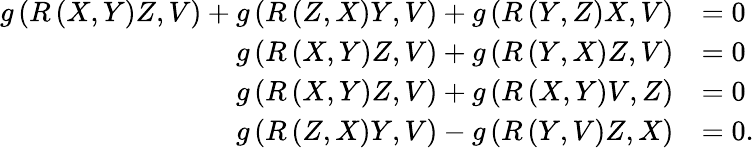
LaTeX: \begin{array}{rl}{g\left(R\left(X,Y\right)Z,V\right)+g\left(R\left(Z,X\right)Y,V\right)+g\left(R\left(Y,Z\right)X,V\right)}&{=0}\\ {g\left(R\left(X,Y\right)Z,V\right)+g\left(R\left(Y,X\right)Z,V\right)}&{=0}\\ {g\left(R\left(X,Y\right)Z,V\right)+g\left(R\left(X,Y\right)V,Z\right)}&{=0}\\ {g\left(R\left(Z,X\right)Y,V\right)-g\left(R\left(Y,V\right)Z,X\right)}&{=0.}\end{array}